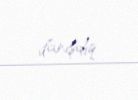
danışdıq.